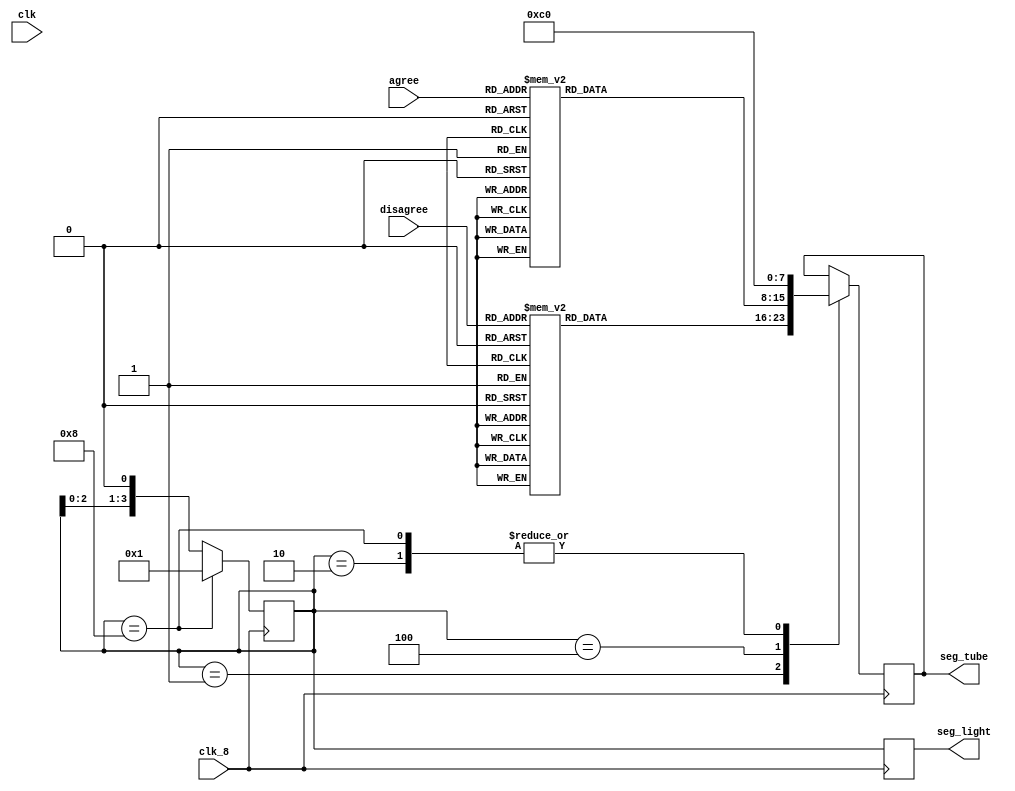
module seg_7(
    input clk,
    input clk_8,
    input   [3:0]   agree,
    input   [3:0]   disagree,
    output  reg  [7:0]   seg_tube,
    output  reg [3:0]   seg_light
);

    reg [3:0]   seg_sel = 4'b0001;
    reg [7:0]   show_number[3:0];
    
    always@(posedge clk_8)begin
        show_number[0]=transform(disagree[3:0]);
        show_number[1]=transform({4'b0});
        show_number[2]=transform(agree[3:0]);
        show_number[3]=transform({4'b0});        
        
        case(seg_sel)
            4'b0001:seg_tube = show_number[0];
            4'b0010:seg_tube = show_number[1];
            4'b0100:seg_tube = show_number[2];
            4'b1000:seg_tube = show_number[3];
        endcase    
        seg_light = seg_sel;
    end

    integer i;

    always@(posedge clk_8)begin
        if(seg_sel == 4'b1000)begin
            seg_sel <= 4'b0001;
        end
        else begin
            seg_sel <= seg_sel<<1'b1;
        end
    end



    function[7:0]   transform;
        input   [3:0]   x;
        reg [7:0]   show_reg;
        begin
            case(x)
                4'd00:   show_reg=8'b11000000;
                4'd01:   show_reg=8'b11111001;
                4'd02:   show_reg=8'b10100100;
                4'd03:   show_reg=8'b10110000;
                4'd04:   show_reg=8'b10011001;
                4'd05:   show_reg=8'b10010010;
                4'd06:   show_reg=8'b10000010;
                4'd07:   show_reg=8'b11111000;
                4'd08:   show_reg=8'b10000000;
                4'd09:   show_reg=8'b10010000;
                default: show_reg=8'b11111111;                 
            endcase
            transform = show_reg;
        end
    endfunction

endmodule